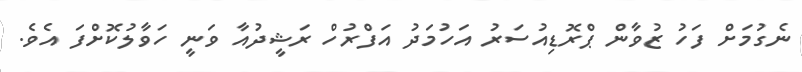
ނެގުމަށް ފަހު ޒުވާން ޕްރޮޑިއުސަރު އަހުމަދު އަފްރުހް ރަޝީދުއާ ވަނީ ހަވާލުކޮށްފަ އެވެ.